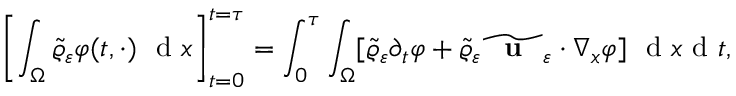
\left[ \int _ { \Omega } \widetilde { \varrho } _ { \varepsilon } \varphi ( t , \cdot ) \ \textup { d } x \right] _ { t = 0 } ^ { t = \tau } = \int _ { 0 } ^ { \tau } \int _ { \Omega } [ \widetilde { \varrho } _ { \varepsilon } \partial _ { t } \varphi + \widetilde { \varrho } _ { \varepsilon } \widetilde { \textbf { \textup { u } } } _ { \varepsilon } \cdot \nabla _ { x } \varphi ] \ \textup { d } x \textup { d } t ,